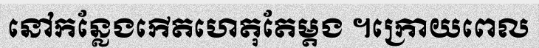
នៅកន្លែងកើតហេតុតែម្តង ។ក្រោយពេល